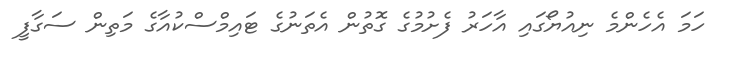
ހަމަ އެހެންމެ ނިއުޔޯގައި އާހަރު ފެށުމުގެ ގޮތުން އެތަނުގެ ޓައިމްސްކުއާގެ މަތިން ސަގާފީ